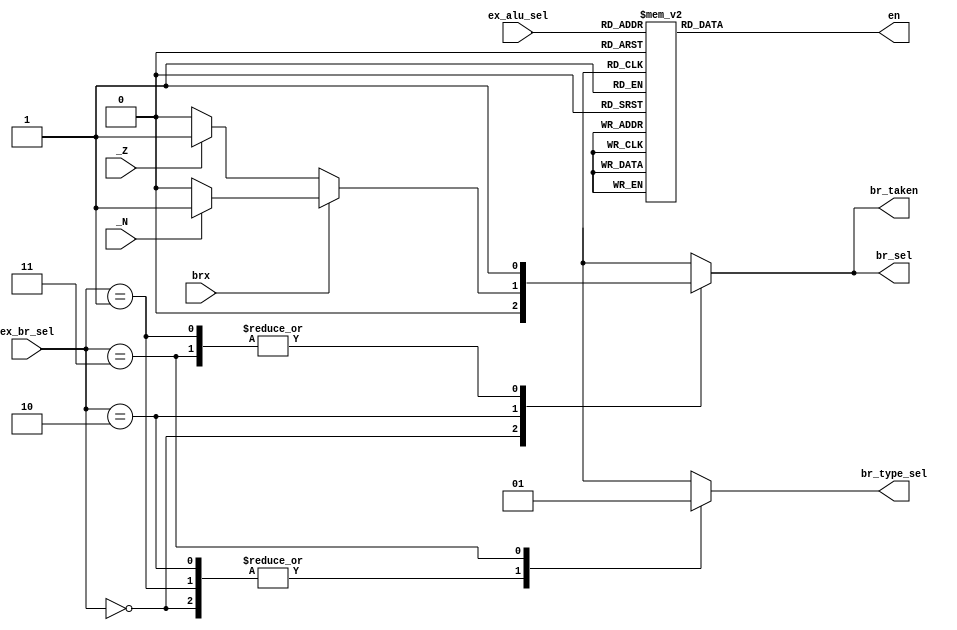
module controller_branch (
    input           brx, //brx = 0 => Z, brx = 1 => N 
    input           _Z, _N,
    input   [3:0]   ex_alu_sel,
    input   [1:0]   ex_br_sel,

    output  reg     en,
    output  reg     br_taken,
    output  reg     br_sel,
    output  reg     br_type_sel
);

    always @(*) begin
        case (ex_alu_sel) //cases for enable to be triggered 
            4'b0000: en <= 1'b0;
            4'b0001: en <= 1'b1;
            4'b0010: en <= 1'b1;
            4'b0011: en <= 1'b1;
            4'b0100: en <= 1'b1;
            4'b0101: en <= 1'b1;
            4'b0110: en <= 1'b0;
            4'b0111: en <= 1'b0;
            4'b1000: en <= 1'b0;
            4'b1001: en <= 1'b0;
            4'b1010: en <= 1'b0;
            4'b1011: en <= 1'b0;
            4'b1100: en <= 1'b0;
            4'b1101: en <= 1'b0;
            4'b1110: en <= 1'b0;
            4'b1111: en <= 1'b0;
        default: en <= 1'b0;
        endcase

        case (ex_br_sel) 
            2'b00: begin
                br_sel <= 1'b0;
                br_type_sel <= 1'b0;
                br_taken <= 1'b0;
            end
            2'b01: begin
                br_sel <= 1'b1;
                br_type_sel <= 1'b0;
                br_taken <= 1'b1;
            end
            2'b10: begin
                if (!brx) begin
                    if(_Z)   begin
                        br_sel <= 1'b1;
                        br_type_sel <= 1'b0;       //ea
                        br_taken <= 1'b1;
                    end else begin
                        br_sel <= 1'b0;
                        br_type_sel <= 1'b0;
                        br_taken <= 1'b0;
                    end
                end else begin
                    if(_N)   begin
                        br_sel <= 1'b1;
                        br_type_sel <= 1'b0;       //ea
                        br_taken <= 1'b1;
                    end else begin
                        br_sel <= 1'b0;
                        br_type_sel <= 1'b0;
                        br_taken <= 1'b0;
                    end
                end
            end
            2'b11: begin
                br_sel <= 1'b1;
                br_type_sel <= 1'b1;
                br_taken <= 1'b1;
            end

        endcase

    end

endmodule